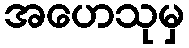
အဟေသုမှ